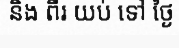
និង ពីរ យប់ ទៅ ថ្ងៃ